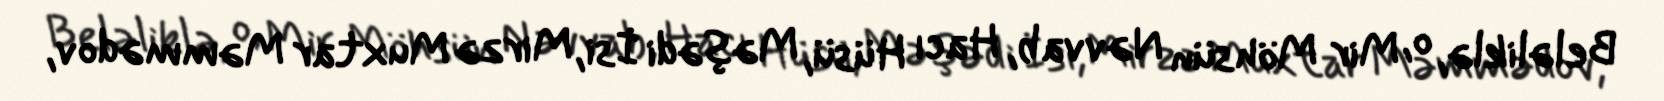
Beləliklə, o, Mir Möhsün Nəvvab, Hacı Hüsü, Məşədi İsi, Mirzə Muxtar Məmmədov,